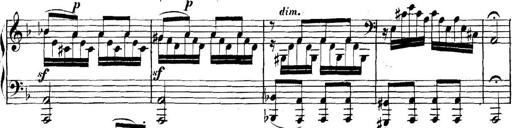
Title: Collected Piano Sonatas
Composer: Muzio Clementi